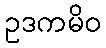
ဥဒကမိဝ